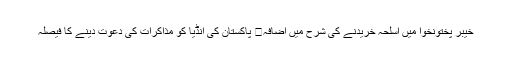
خیبر پختونخوا میں اسلحہ خریدنے کی شرح میں اضافہ	 پاکستان کی انڈیا کو مذاکرات کی دعوت دینے کا فیصلہ